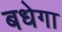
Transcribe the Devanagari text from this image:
बधेगा